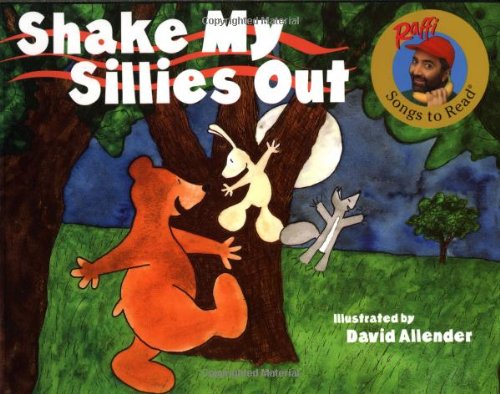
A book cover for Shake My Sillies Out (Raffi Songs to Read); Raffi; Children's Books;